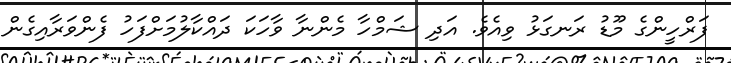
ފަރްހީންގެ މޫޑު ރަނގަޅު ވިއެވެ. އަދި ޝަމްހާ މެންނާ ވާހަކަ ދައްކާލުމަށްފަހު ފެންވަރާއިގެން